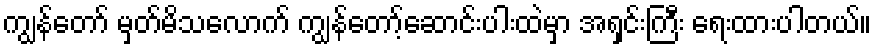
ကျွန်တော် မှတ်မိသလောက် ကျွန်တော့်ဆောင်းပါးထဲမှာ အရှင်းကြီး ရေးထားပါတယ်။